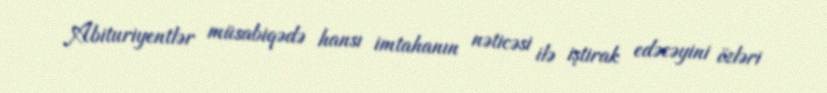
Abituriyentlər müsabiqədə hansı imtahanın nəticəsi ilə iştirak edəcəyini özləri